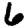
Digit: 6